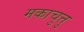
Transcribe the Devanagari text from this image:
मकाचुत्तु